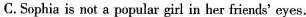
C.Sophia is not a popular girl in her friends' eyes.